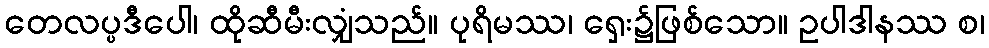
တေလပ္ပဒီပေါ၊ ထိုဆီမီးလျှံသည်။ ပုရိမဿ၊ ရှေး၌ဖြစ်သော။ ဥပါဒါနဿ စ၊